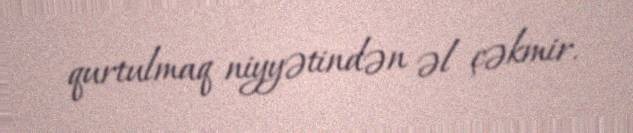
qurtulmaq niyyətindən əl çəkmir.